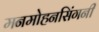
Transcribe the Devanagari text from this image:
मनमोहनसिंगनी